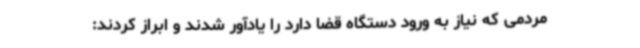
مردمی که نیاز به ورود دستگاه قضا دارد را یادآور شدند و ابراز کردند: